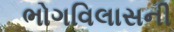
ભોગવિલાસની